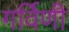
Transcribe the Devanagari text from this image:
गर्विणी